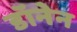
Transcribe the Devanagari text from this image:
डॉनेन